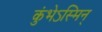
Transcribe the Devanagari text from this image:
कुंभेऽस्मिन्